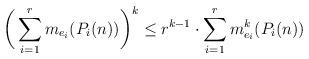
LaTeX: \begin{align*} \bigg(\sum_{i=1}^r m_{e_i}(P_i(n)) \bigg)^k \leq r^{k-1} \cdot \sum_{i=1}^r m_{e_i}^k(P_i(n))\end{align*}